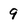
Character: 9